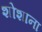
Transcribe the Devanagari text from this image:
शोशाना